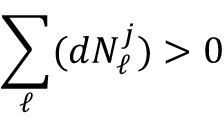
\sum _ { \ell } ( d N _ { \ell } ^ { j } ) > 0